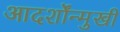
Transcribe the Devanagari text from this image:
आदर्शोंन्मुखी